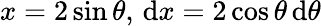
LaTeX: x=2\sin\theta,\, \mathrm{d}x=2\cos\theta\, \mathrm{d}\theta